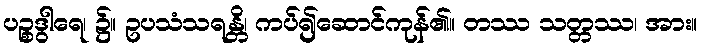
ပဉ္စဒွါရေ၊ ၌။ ဥပသံသရန္တိ၊ ကပ်၍ဆောင်ကုန်၏။ တဿ သတ္တဿ၊ အား။